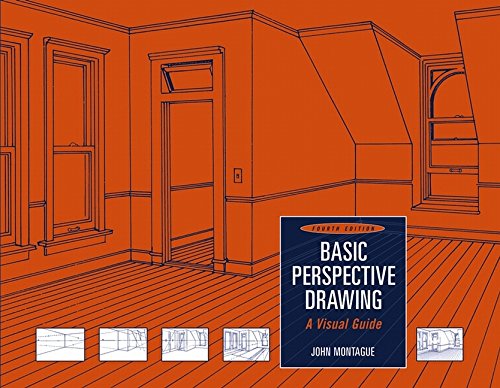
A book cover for Basic Perspective Drawing: A Visual Guide; John Montague; Crafts, Hobbies & Home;